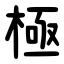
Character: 極